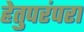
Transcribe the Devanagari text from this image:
हेतुपरंपरा